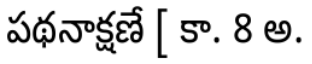
పథనాక్షణే [ కా. 8 అ.